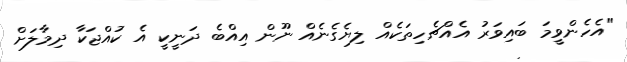
"އެހެންވީމަ ބައިވަރު އެއްޗެހިތަކެއް ލިޔެގެނެއް ނޫން އިއްބެ ދަނީކީ އެ ކުއްޖަކާ ދިމާލަށް